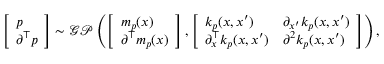
\begin{array} { r } { \left[ \begin{array} { l } { p } \\ { \partial ^ { \top } p } \end{array} \right] \sim \mathcal { G P } \left( \left[ \begin{array} { l } { m _ { p } ( x ) } \\ { \partial ^ { \top } m _ { p } ( x ) } \end{array} \right] , \left[ \begin{array} { l l } { k _ { p } ( x , x ^ { \prime } ) } & { \partial _ { x ^ { \prime } } k _ { p } ( x , x ^ { \prime } ) } \\ { \partial _ { x } ^ { \top } k _ { p } ( x , x ^ { \prime } ) } & { \partial ^ { 2 } k _ { p } ( x , x ^ { \prime } ) } \end{array} \right] \right) , } \end{array}